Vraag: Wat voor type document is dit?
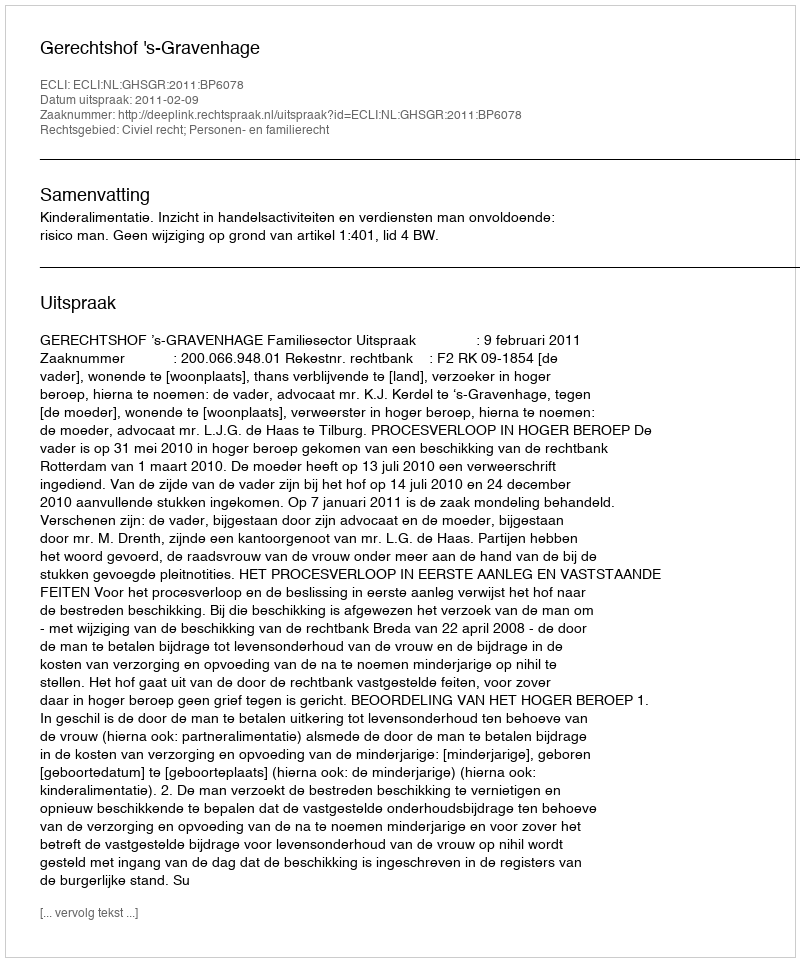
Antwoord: Uitspraak